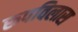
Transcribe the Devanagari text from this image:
रूपविलास